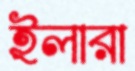
ইলারা